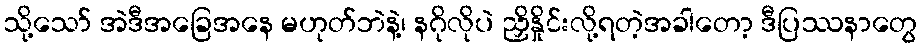
သို့သော် အဲဒီအခြေအနေ မဟုတ်ဘဲနဲ့၊ နဂိုလိုပဲ ညှိနှိုင်းလို့ရတဲ့အခါတော့ ဒီပြဿနာတွေ